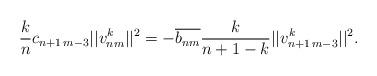
LaTeX: \begin{align*} \frac{k}{n}c_{n+1\,m-3}||v_{nm}^k||^2= -\overline{b_{nm}}\frac{k}{n+1-k}||v_{n+1\,m-3}^{k}||^2.\end{align*}